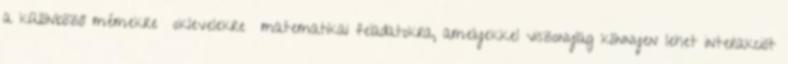
a különböző mémekre oklevelekre matematikai feladatokra, amelyekkel viszonylag könnyen lehet interakciót